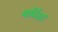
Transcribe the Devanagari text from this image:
थर्मिशर